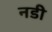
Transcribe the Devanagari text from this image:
नडी